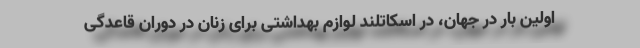
اولین بار در جهان، در اسکاتلند لوازم بهداشتی برای زنان در دوران قاعدگی